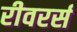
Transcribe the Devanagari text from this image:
रीवरर्स